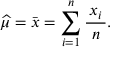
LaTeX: { \widehat { \mu } } = { \bar { x } } = \sum _ { i = 1 } ^ { n } { \frac { \, x _ { i } \, } { n } } .